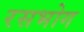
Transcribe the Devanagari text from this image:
रसभोग